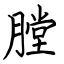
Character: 膛